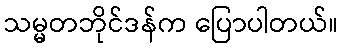
သမ္မတဘိုင်ဒန်က ပြောပါတယ်။